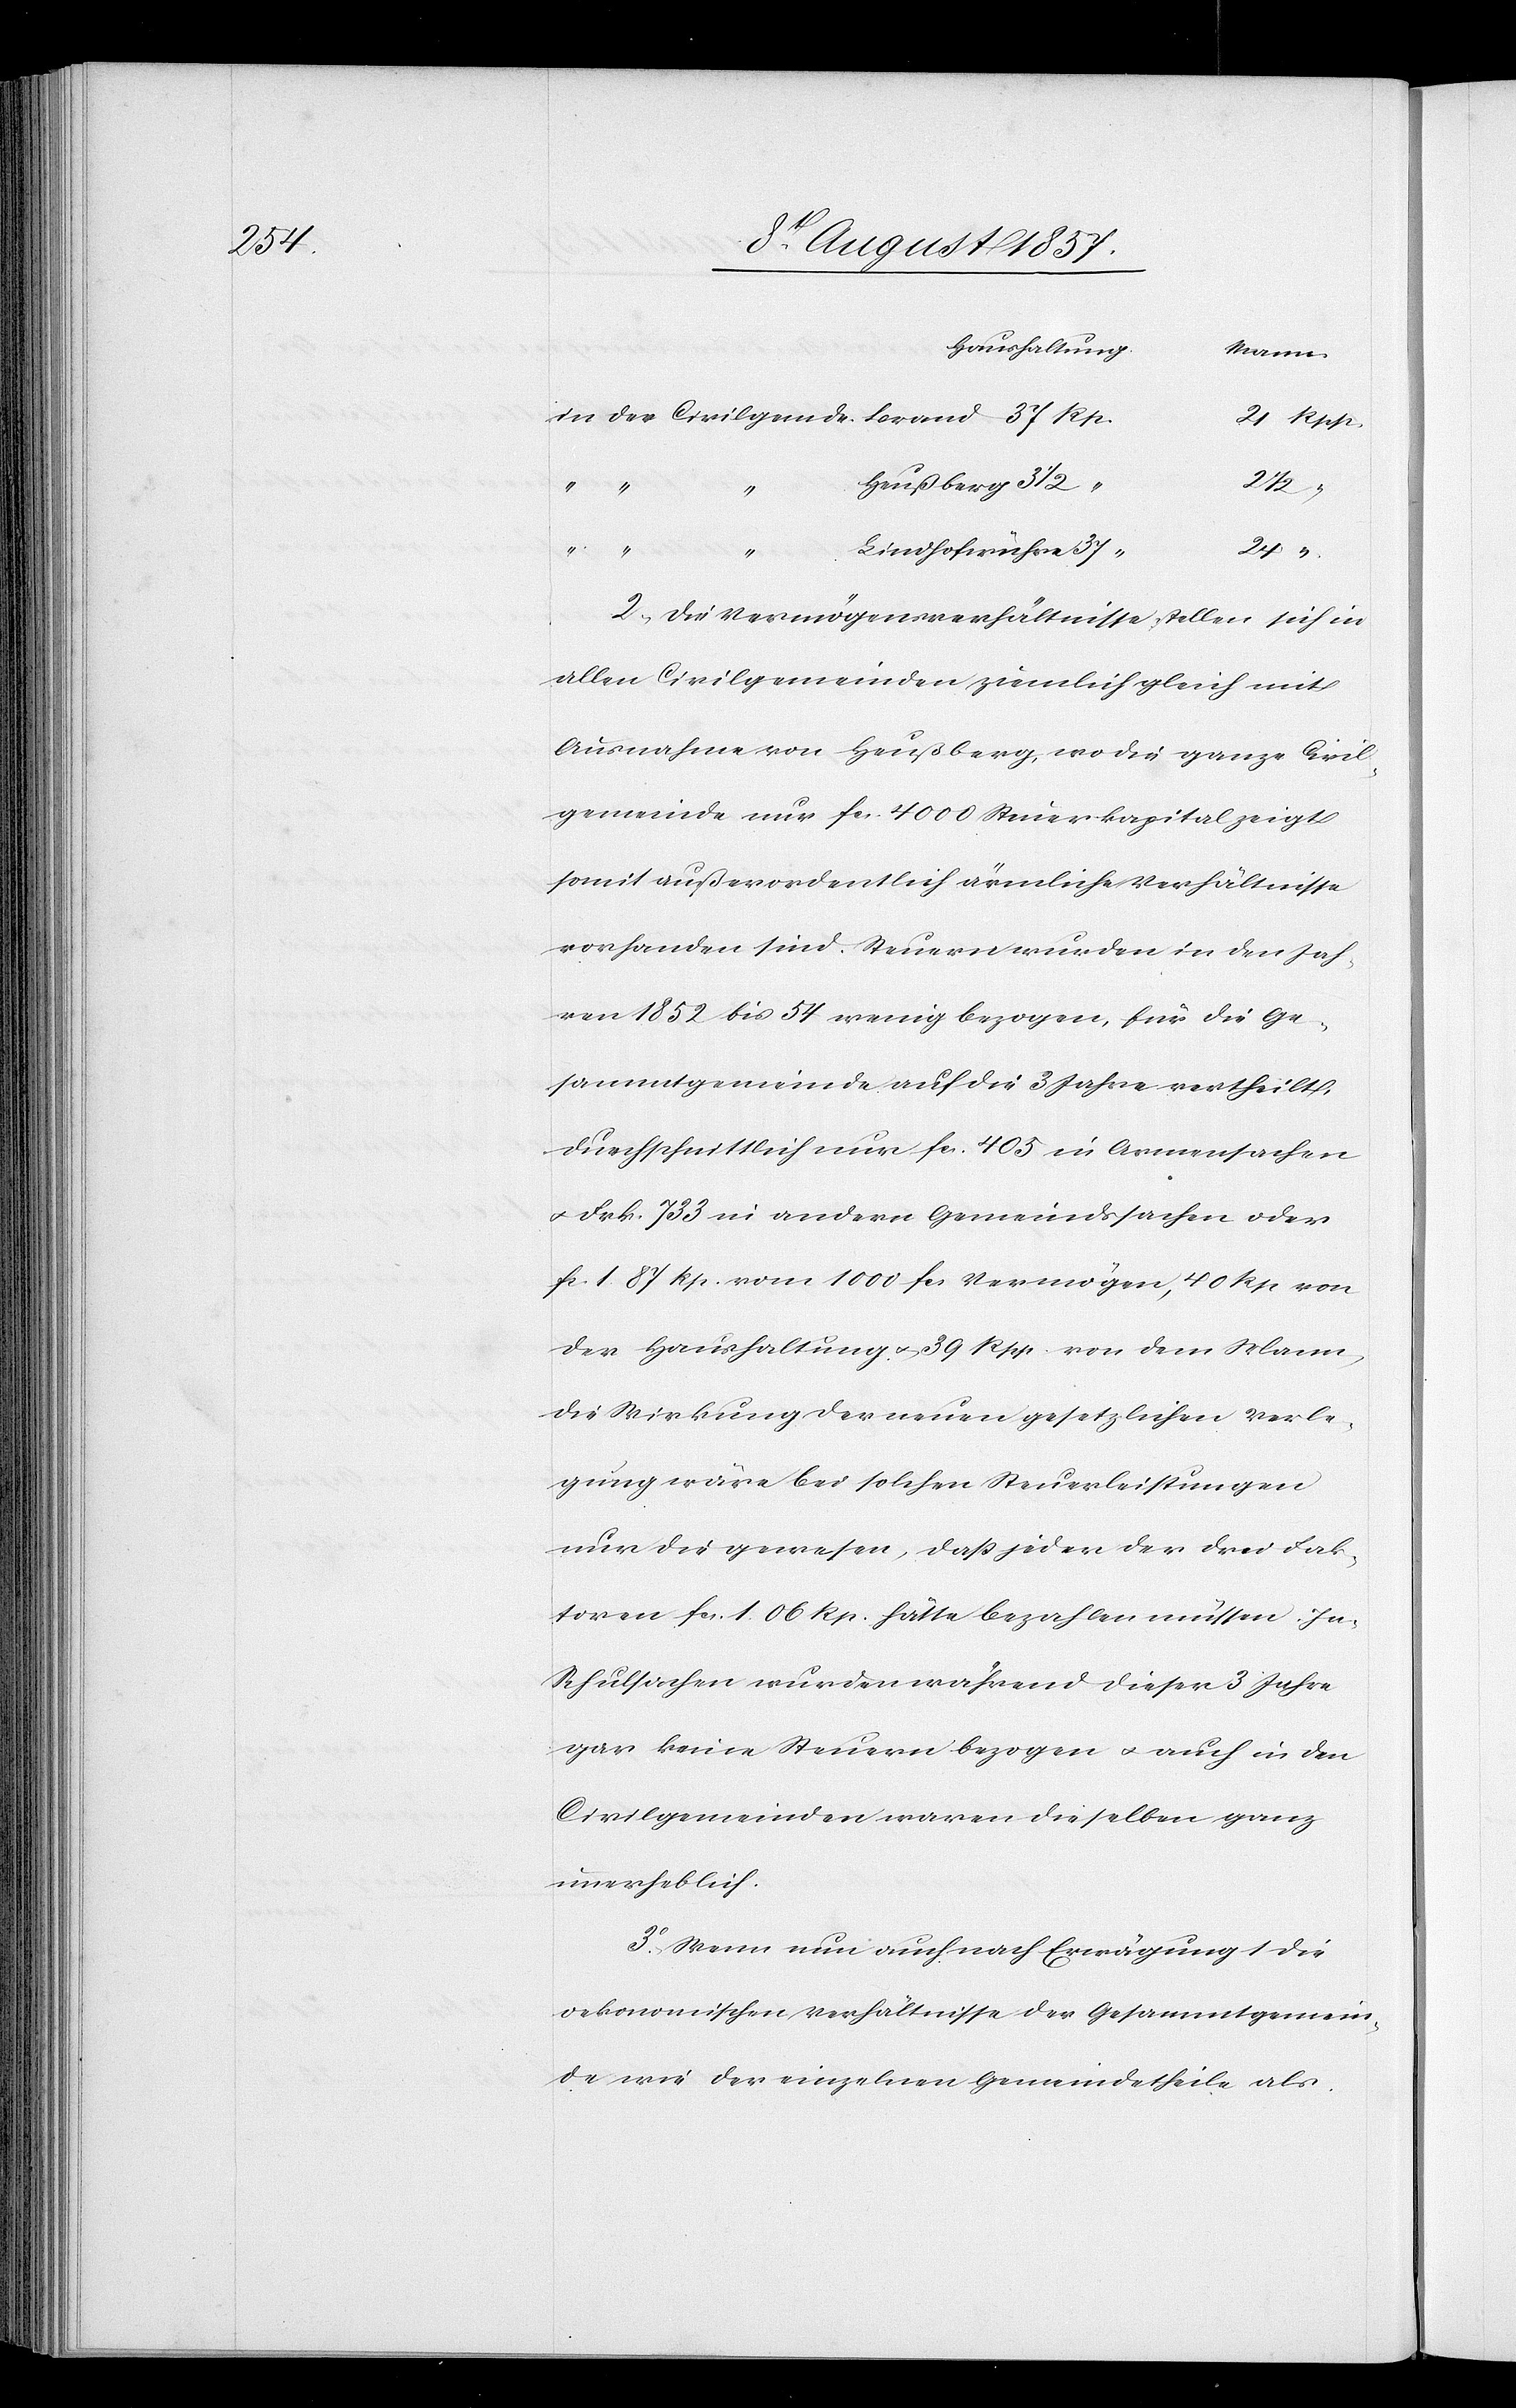
24

in der Civilgemde Brand
Heußberg
37
2
“ Lindhofwühre
2. Die Vermögensverhältnisse stellen sich in
allen Civilgemeinden ziemlich gleich mit
Ausnahme von Heußberg, wo die ganze Civil¬
gemeinde nur fcs 4 000 Steuerkapital zeigt
somit außerordentlich ärmliche Verhältnisse
vorhanden sind. Steuern wurden in den Jah¬
ren 1852 bis 54 wenig bezogen, für die Ge¬
sammtgemeinde auf die 3 Jahre vertheilt,
durchschnittlich nur fcs 405 in Armensachen
& Frk. 733 in andern Gemeindssachen oder
fcs. 1. 87 Rp. von 1 000 fcs Vermögen, 40 Rp von
der Haushaltung & 39 Rpp von dem Mann,
die Wirkung der neuen gesetzlichen Verle¬
gung wäre bei solchen Steuerleistungen
nur die gewesen, daß jeder der drei Fak¬
toren fcs 1. 06 Rp. hätte bezahlen müssen. In
Schulsachen wurden während dieser 3 Jahre
gar keine Steuern bezogen & auch in den
Civilgemeinden waren dieselben ganz
unerheblich.
3. Wenn nun auch nach Erwägung 1 die
oekonomischen Verhältnisse der Gesammtgemein¬
de wie der einzelnen Gemeindetheile als